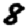
Digit: 8